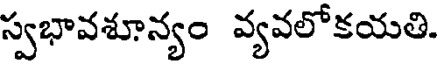
స్వభావశూన్యం వ్యవలోకయతి.